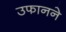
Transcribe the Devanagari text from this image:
उफानने